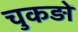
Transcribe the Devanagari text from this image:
चुकड़ों